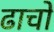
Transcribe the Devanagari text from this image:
ढाचों